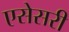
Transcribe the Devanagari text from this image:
एसेसरी